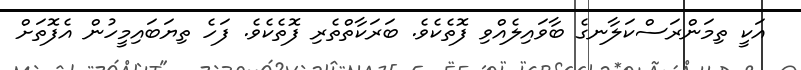
އަކީ ތިމަންރަސްކަލާނގެ ބާވައިލެއްވި ފޮތެކެވެ. ބަރަކާތްތެރި ފޮތެކެވެ. ފަހެ ތިޔަބައިމީހުން އެފޮތަށް